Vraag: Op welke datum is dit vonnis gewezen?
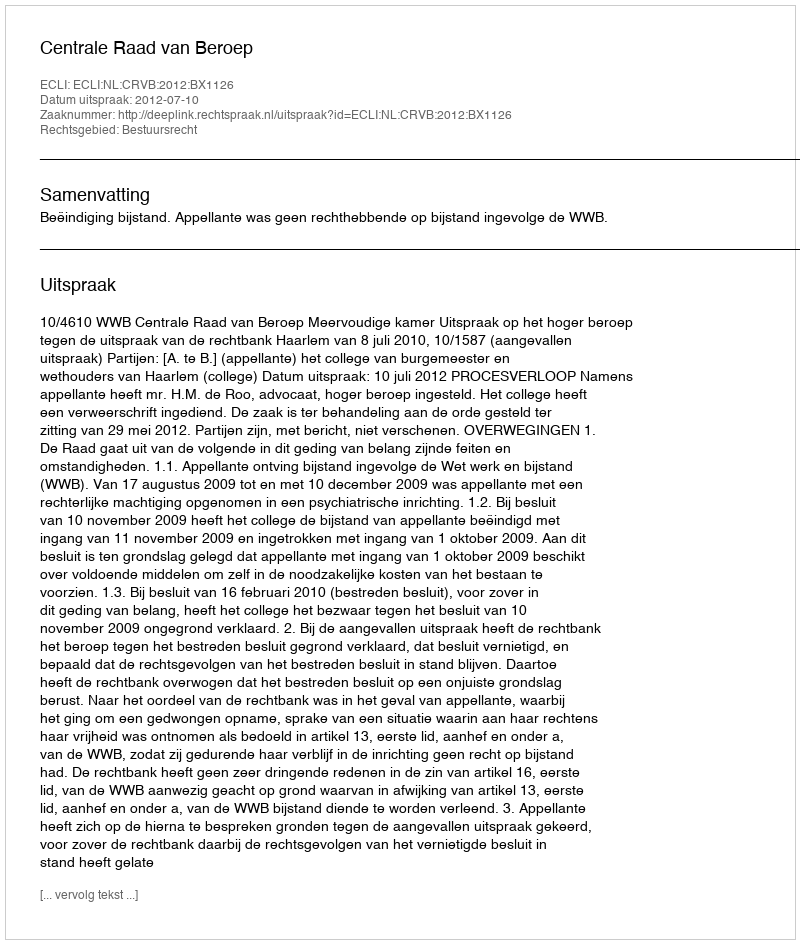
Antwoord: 2012-07-10